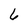
Character: 6